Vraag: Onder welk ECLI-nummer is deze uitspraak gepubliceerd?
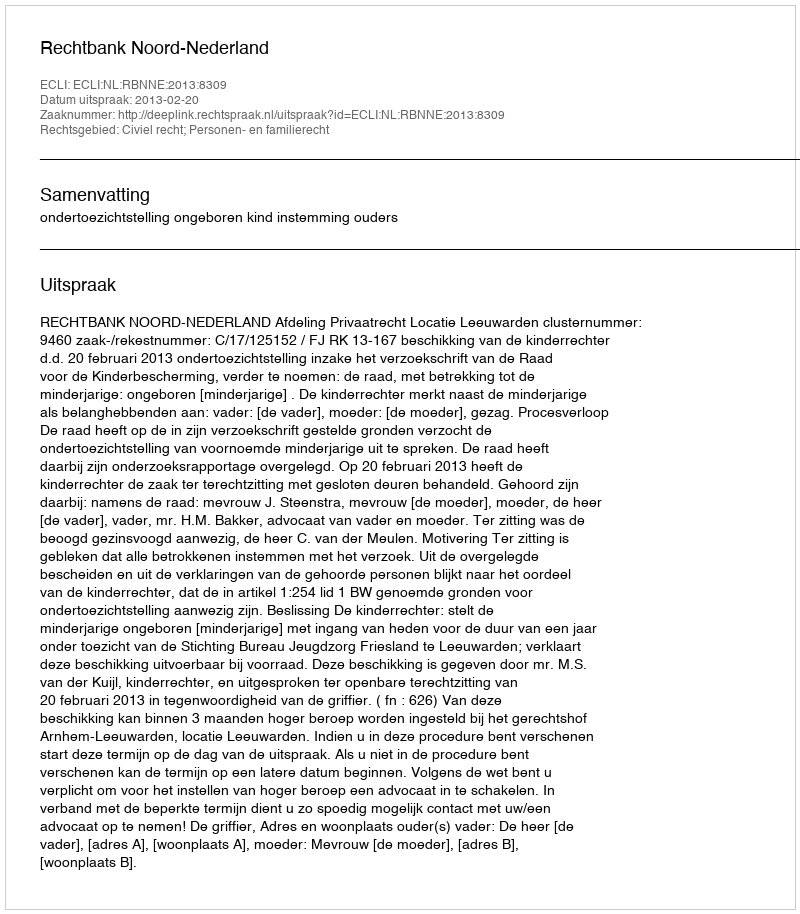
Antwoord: ECLI:NL:RBNNE:2013:8309